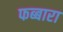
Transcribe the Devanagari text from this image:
फब्बारा